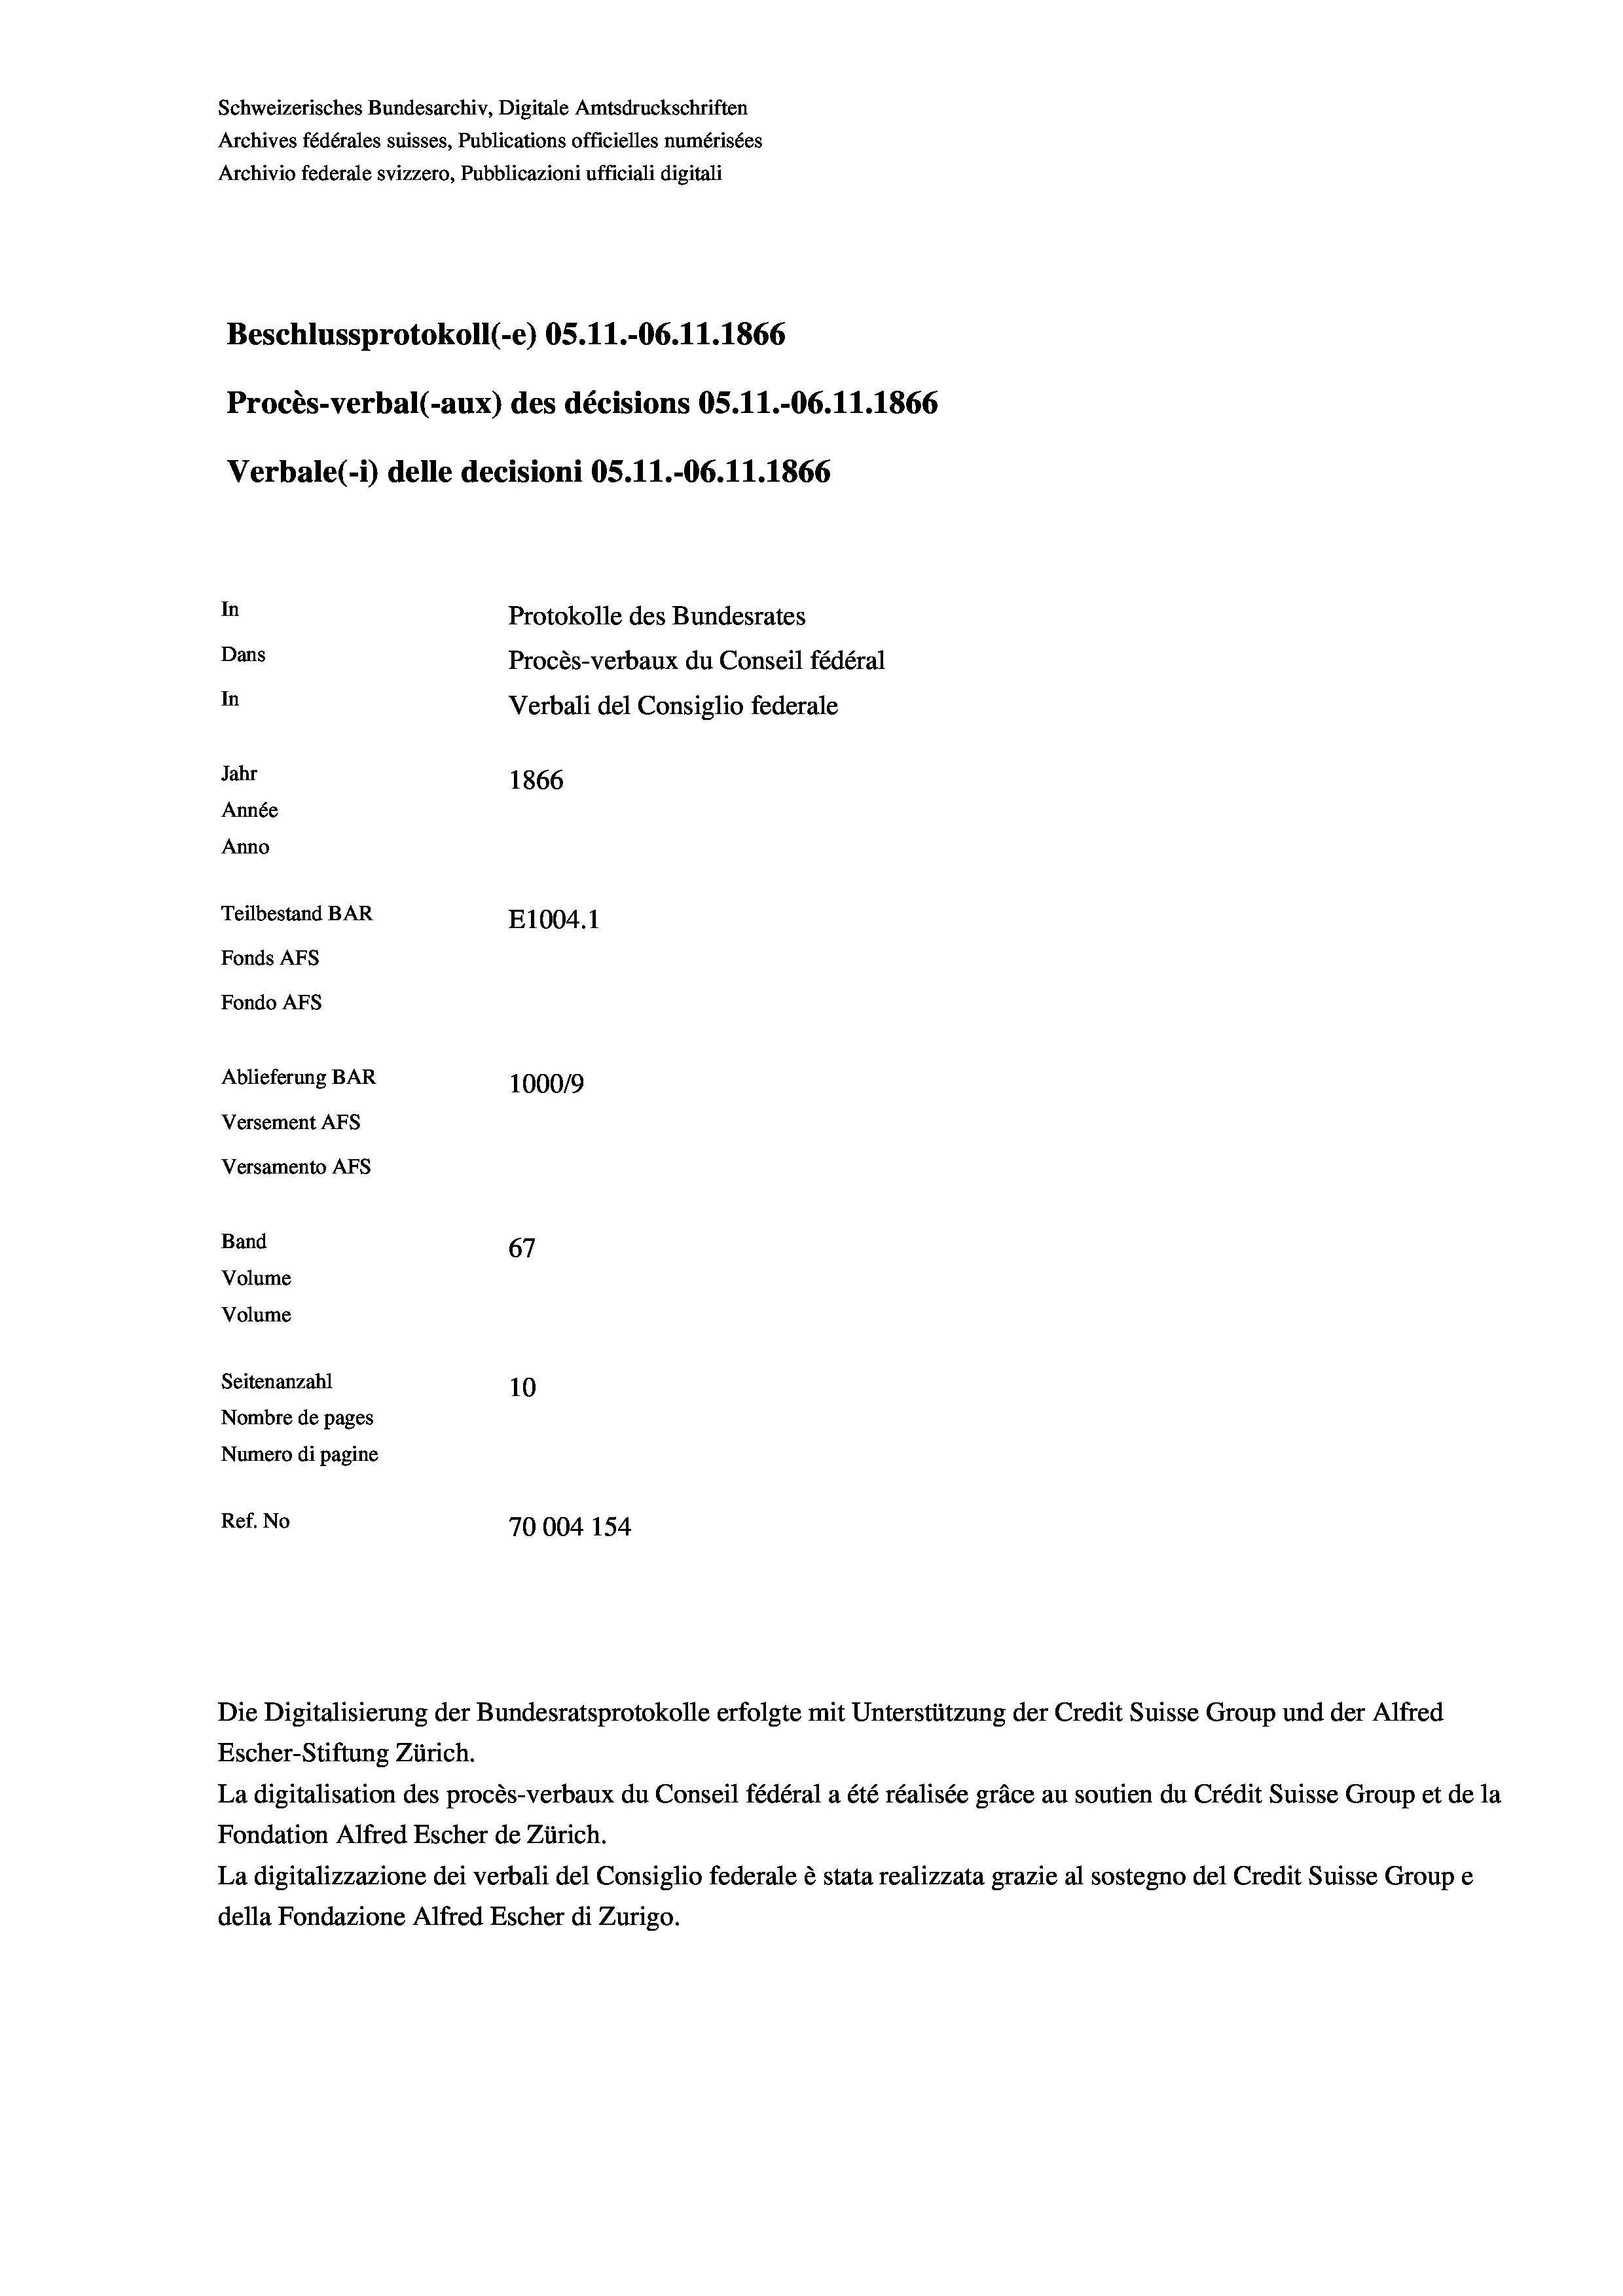
Schweizerisches Bundesarchiv, Digitale Amtsdruckschriften
Archives fédérales suisses, Publications officielles numérisées
Archivio federale svizzero, Pubblicazioni ufficiali digitali
Beschlussprotokoll (-e) OS.11.-06.11.1866
Procès-verbal (-aux) des décisions OS.11.-06.11.1866
Verbale (i) delle decisioni OS.11.-06.11.1866
In
Protokolle des Bundesrates
Dans
Procès-verbaux du Conseil fédéral
In
Verbali del Consiglio federale
Jahr
1866
Année
Anno
Teilbestand BAR
E1004. 1
Fonds AFs
Fondo Afs
Ablieferung BAR
100019
Versement AFs
Versamento AFS
Band
67
Volume
Volume
Seitenanzahl
10
Nombre de pages
Numero di pagine
Ref. No
70004 154

Die Digitalisierung der Bundesratsprotokolle erfolgte mit Unterstützung der Credit Suisse Group und der Alfred

Escher-Stiftung Zürich.
La digitalisation des procès-verbaux du Conseil fédéral a été réalisée gräce au soutien du Crédit Suisse Group et de la
Fondation Alfred Escher de Zürich.
La digitalizzazione dei verbali del Consiglio federale è stata realizzata grazie al sostegno del Credit Suisse Groupe
della Fondazione Alfred Escher di Zurigo.